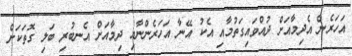
އަހަރެން އެދިމާއަށް ދުއްވައިގަތުމާއި އެކު އޭނާ އަހަރެންނާއި ދިމާއަށް އެނބުރި ބަލި ގޮތަކަށް